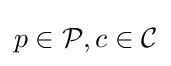
p\in {\mathcal {P}},c\in {\mathcal {C}}